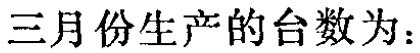
三月份生产的台数为：